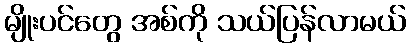
မျိုးပင်တွေ အစ်ကို သယ်ပြန်လာမယ်